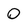
Character: 0